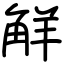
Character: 觧